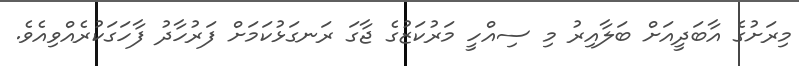
މިރަށުގެ އާބަދީއަށް ބަލާއިރު މި ސިއްހީ މަރުކަޒުގެ ޖާގަ ރަނގަޅުކަމަށް ފަރުހާދު ފާހަގަކުރެއްވިއެވެ.